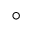
^ \circ